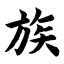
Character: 族